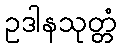
ဥဒါနသုတ္တံ